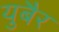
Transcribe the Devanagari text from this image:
युबैर